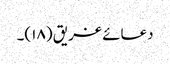
دعائے غریق (۱۸)۔